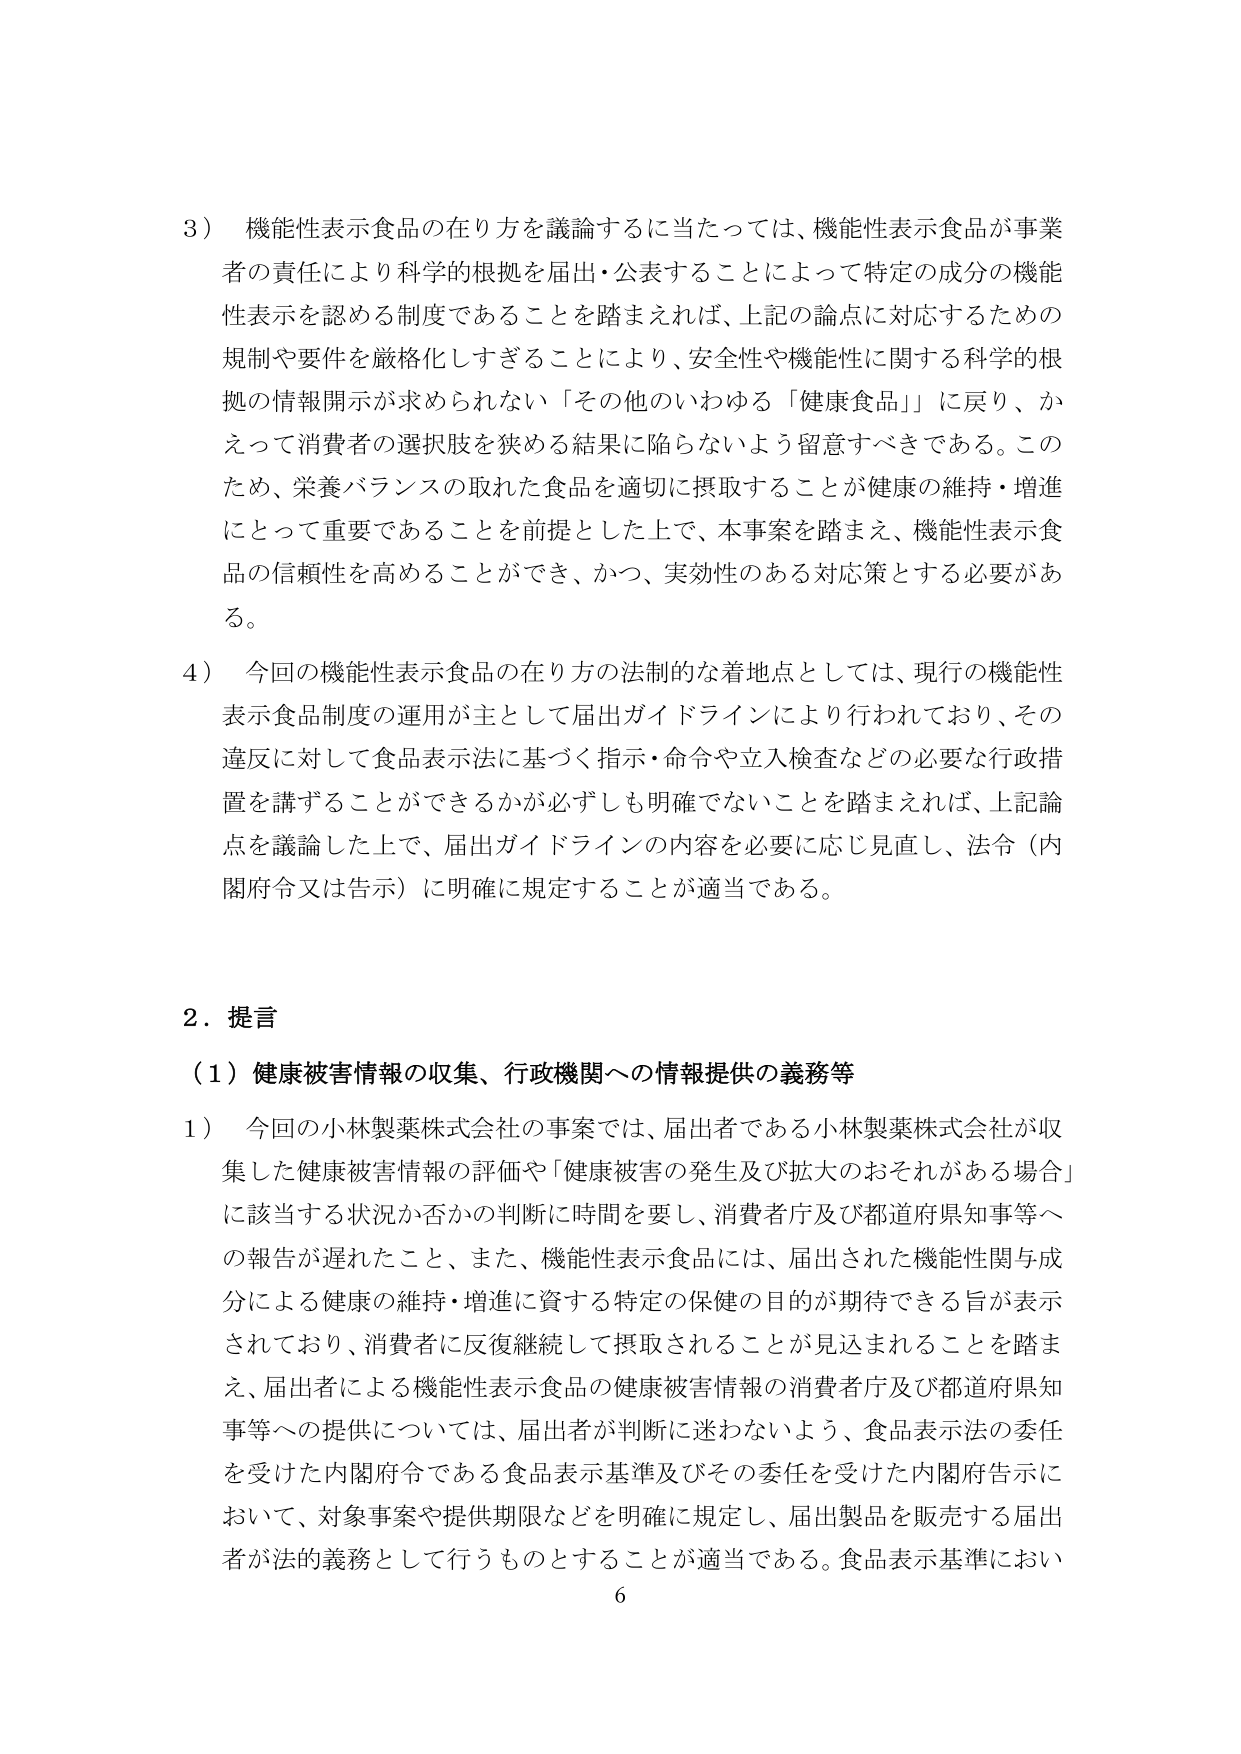
3）機能性表示食品の在り方を議論するに当たっては、機能性表示食品が事業者の責任により科学的根拠を届出・公表することによって特定の成分の機能性表示を認める制度であることを踏まえれば、上記の論点に対応するための規制や要件を厳格化しすぎることにより、安全性や機能性に関する科学的根拠の情報開示が求められない「その他といわゆる「健康食品」に戻り、かえって消費者の選択肢を狭める結果に陥らないよう留意すべきである。このため、栄養バランスの取れた食品を適切に摂取することが健康の維持・増進にとって重要であることを前提とした上で、本事案を踏まえ、機能性表示食品の信頼性を高めることができ、かつ、実効性のある対応策とする必要がある。

4）今回の機能性表示食品の在り方の法制的な着地点としては、現行の機能性表示食品制度の運用が主として届出ガイドラインにより行われており、その違反に対して食品表示法に基づく指示・命令や立入検査などの必要な行政措置を講ずることができるかが必ずしも明確でないことを踏まえれば、上記論点を議論した上で、届出ガイドラインの内容を必要に応じ見直し、法令（内閣府令又は告示）に明確に規定することが適当である。

2．提言

（1）健康被害情報の収集、行政機関への情報提供の義務等

1）今回の小林製薬株式会社の事案では、届出者である小林製薬株式会社が収集した健康被害情報の評価や「健康被害の発生及び拡大のおそれがある場合」に該当する状況か否かの判断に時間を要し、消費者庁及び都道府県知事等への報告が遅れたこと、また、機能性表示食品には、届出された機能性関与成分による健康の維持・増進に資する特定の保健の目的が期待できる旨が表示されており、消費者に反復継続して摂取されることが見込まれることを踏まえ、届出者による機能性表示食品の健康被害情報の消費者庁及び都道府県知事等への提供については、届出者が判断に迷わないよう、食品表示法の委任を受けた内閣府令である食品表示基準及びその委任を受けた内閣府告示において、対象事案や提供期限などを明確に規定し、届出製品を販売する届出者が法的義務として行うものとすることが適当である。食品表示基準におい

6